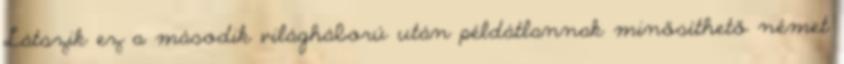
Látszik ez a második világháború után példátlannak minősíthető német